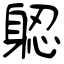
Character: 躵